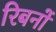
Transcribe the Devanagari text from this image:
रिबनों